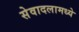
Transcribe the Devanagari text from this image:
सेवादलामध्ये